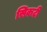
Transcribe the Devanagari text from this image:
सिकटी